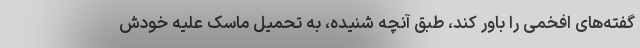
گفته‌های افخمی را باور کند، طبق آنچه شنیده، به تحمیل ماسک علیه خودش